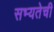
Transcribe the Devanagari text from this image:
सभ्यतेची